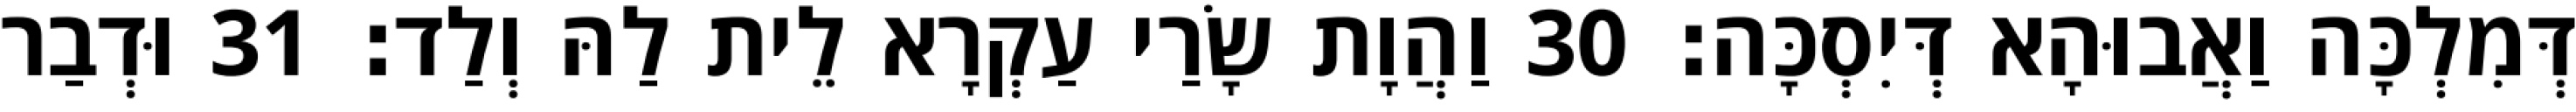
דְּמִלְכָּה וַאֲבוּהָא דְּיִסְכָּה׃ 30 וַהֲוָת שָׂרַי עַקְרָא לֵית לַהּ וְלַד׃ 31 וּדְבַר